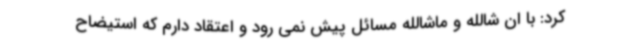
کرد: با ان شالله و ماشالله مسائل پیش نمی رود و اعتقاد دارم که استیضاح